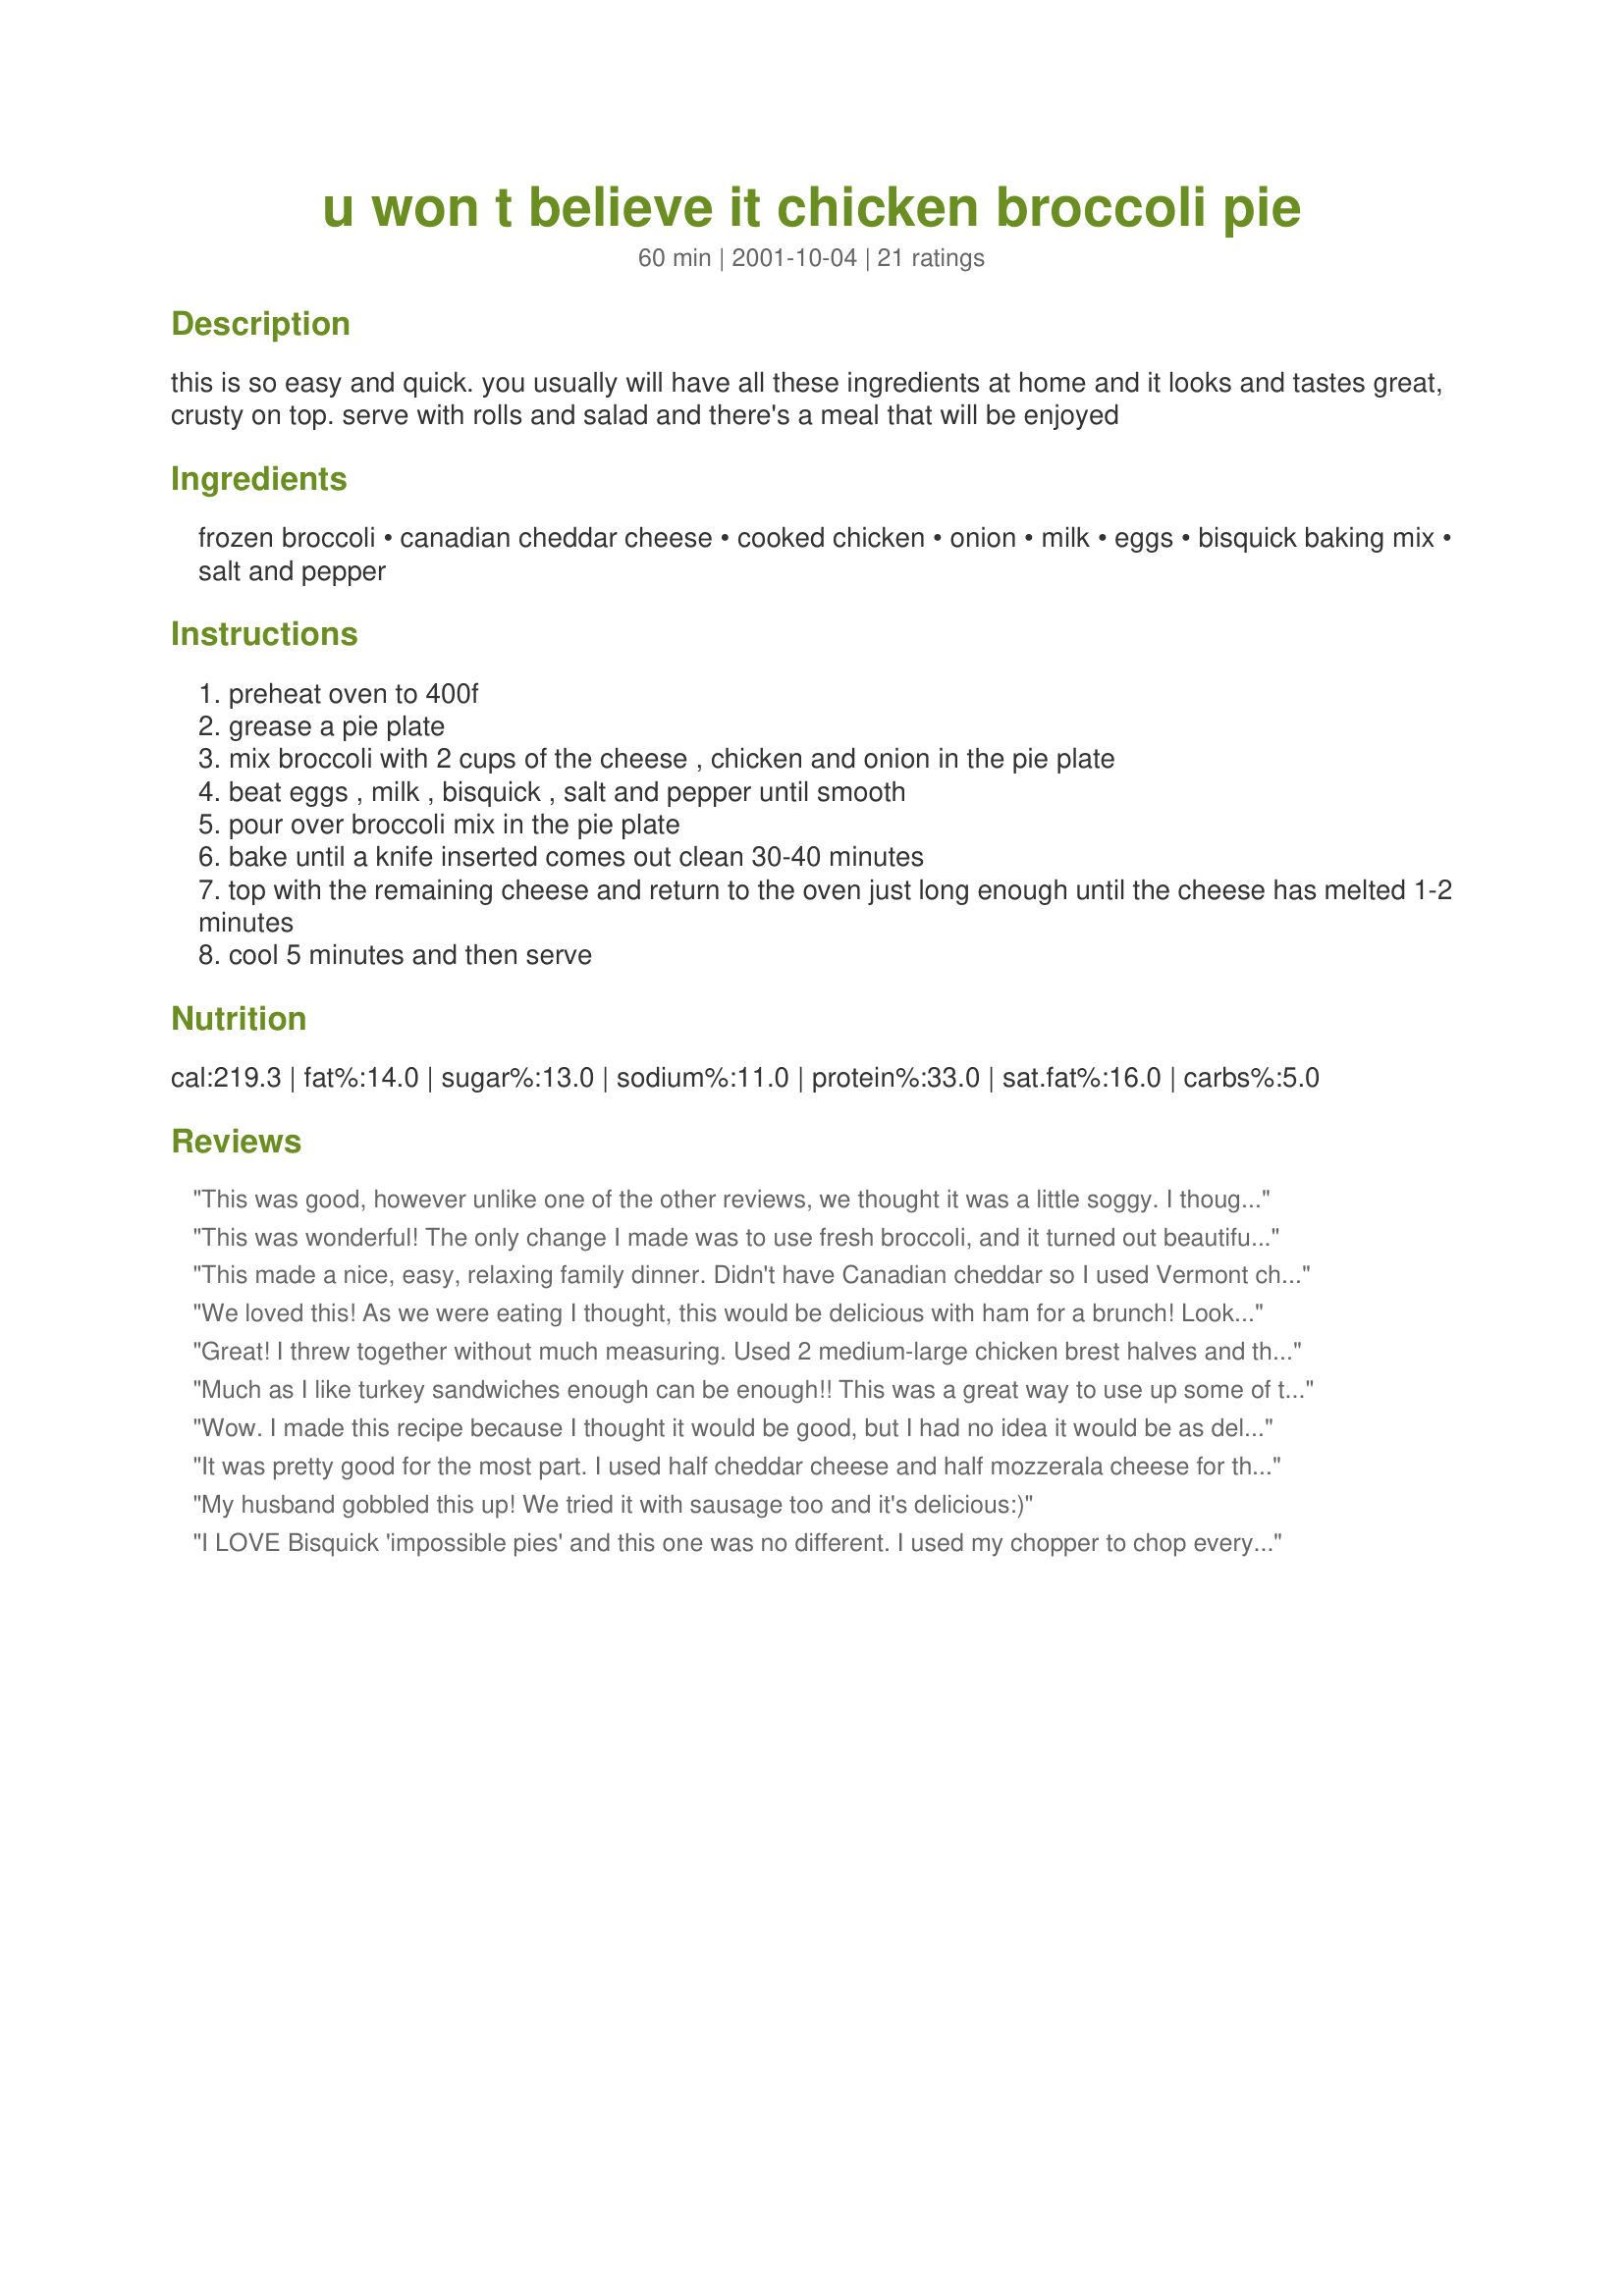
u won t believe it chicken broccoli pie
Preparation time: 60 minutes

this is so easy and quick. you usually will have all these ingredients at home and it looks and tastes great, crusty on top. serve with rolls and salad and there's a meal that will be enjoyed

Ingredients:
frozen broccoli, canadian cheddar cheese, cooked chicken, onion, milk, eggs, bisquick baking mix, salt and pepper

Steps:
preheat oven to 400f
grease a pie plate
mix broccoli with 2 cups of the cheese , chicken and onion in the pie plate
beat eggs , milk , bisquick , salt and pepper until smooth
pour over broccoli mix in the pie plate
bake until a knife inserted comes out clean 30-40 minutes
top with the remaining cheese and return to the oven just long enough until the cheese has melted 1-2 minutes
cool 5 minutes and then serve

Reviews:
This was good, however unlike one of the other reviews, we thought it was a little soggy. I thought it could have used a little more spice, but my husband liked it. It was easy to make and uses stuff I had around the house. Also, my pie pan was not large enought, so I landed up using two small ones.
This was wonderful! The only change I made was to use fresh broccoli, and it turned out beautiful! I'll definitely be making it again.
This made a nice, easy, relaxing family dinner. Didn't have Canadian cheddar so I used Vermont cheddar cheese which worked out fine. Made a lovely golden brown crust. Suppertime was never so easy. Thanks Bergy.
We loved this! As we were eating I thought, this would be delicious with ham for a brunch! Looking forward to trying that!
Great! I threw together without much measuring. Used 2 medium-large chicken brest halves and threw in some precooked broccoli florets. Mistakenly put all 3 cups of cheese in with the chicken and broccoli and glad I did. Will make this again. Thanks
Much as I like turkey sandwiches enough can be enough!! This was a great way to use up some of that turkey (or chicken. I had a small Xmas in Aug dinner and the turkey leftovers served other visitors later in the month. Thanks again Bergy.
Wow. I made this recipe because I thought it would be good, but I had no idea it would be as delicious as it was. My whole family loved it. My husband kept repeating "this is a keeper". The only difference I found was that mine did not fit into a pie dish so I put it in a 9 x 9 dish. Thank you for posting this.
It was pretty good for the most part. I used half cheddar cheese and half mozzerala cheese for this but I think next time i'll omit the mozzerala, maybe i'll try pepper jack cheese blend. I though it was delicious, it could use some more spices though but overall great recipe. thanks!
My husband gobbled this up! We tried it with sausage too and it's delicious:)
I LOVE Bisquick 'impossible pies' and this one was no different. I used my chopper to chop everything so it came out without huge chuncks of onion or chicken in it. Easy to make, and absolutely delicious! (Though..I forgot to add the salt and pepper, so it was a little bland, but all my fault...lol)
The flavor was good--but more like a quiche than I a pot pie, which is what I thought I was making. Would be good for a brunch.

Has a great taste but was a little dry. Probably something I did wrong. I also used fresh broccoli and regular cheddar cheese.
This was absolutely fantastic! We used mozarella instead of the cheddar, but it still tasted amazing!
Sorry, but I thought this was pretty bland and a little dry too. I made a half recipe and sauteed 2 cloves fresh garlic with the onion before putting it all together. I subbed some turkey for the chicken to use it up; some swiss and cheddar cheese. It wasn't terrible; it will all get eaten, but I probably won't make again. It's really just missing something. I thought the garlic would help, but not really. I added some salt/pepper/garlic powder (Paula's house seasoning) to my portion which helped some.
Yummy! I used fresh steamed broccoli, canned shredded chicken, and added cubed ham. It was sooo good. I used sharp cheddar cheese and monteray jack.
This was just ok... not much flavor. Needed something to perk it up a bit... Maybe a can of green chilis or some sliced tomatoes on top. I used freshly steamed broccoli and rotisserie chicken. Also a mix of cheddar, swiss and American cheese. It baked up nicely in the amount of time suggested. I did have to put it in a little bigger dish than a pie plate though.
I made this for our supper the other night. It was just the two of us and we both thought the pie was outstanding. A very simple recipe. Chicken, broccoli and cheeese--always a winning combination. I served with a nice salad. Thanks for a great meal.
I love trying recipes with great ratings, so we were really disappointed with this one. I split the ingredients and made one with chicken and used vegetarian chicken strips for the other one. We felt it needed more seasonings and maybe something crunchy like diced water chestnuts. Sorry!
I made this the other night for dinner after work- super easy and quick. I cooked my chicked breasts (2) on the Foreman grill, sliced it up and instead of the canadian cheddar I used super low fat or fat free cheddar. It wasn't the greatest taste in the world, but definitely better than I thought it would be- the onions were a big flavor-help! Thanks so much (I also used the smart-start bisquick- it's much better for you and lower in calories/cholosterol) I'll definitely make it again- with better chese ;)
I know I will be making this often. It really hit the spot. Like another chef here I had to put this in a square casserole pan for all of it to fit. I cooked the broccoli (used a 16 ounce bag) and onions a little first.
This turned out quite different than I expected. The pie itself was really soft and almost mushy- I was expecting more of a biscuit or bread-like pie. It was a bit bland, but that&#039;s probably because I used mozzarella instead of cheddar. We still ate it all though, and I liked how easy it was to prepare.
